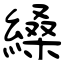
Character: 縔